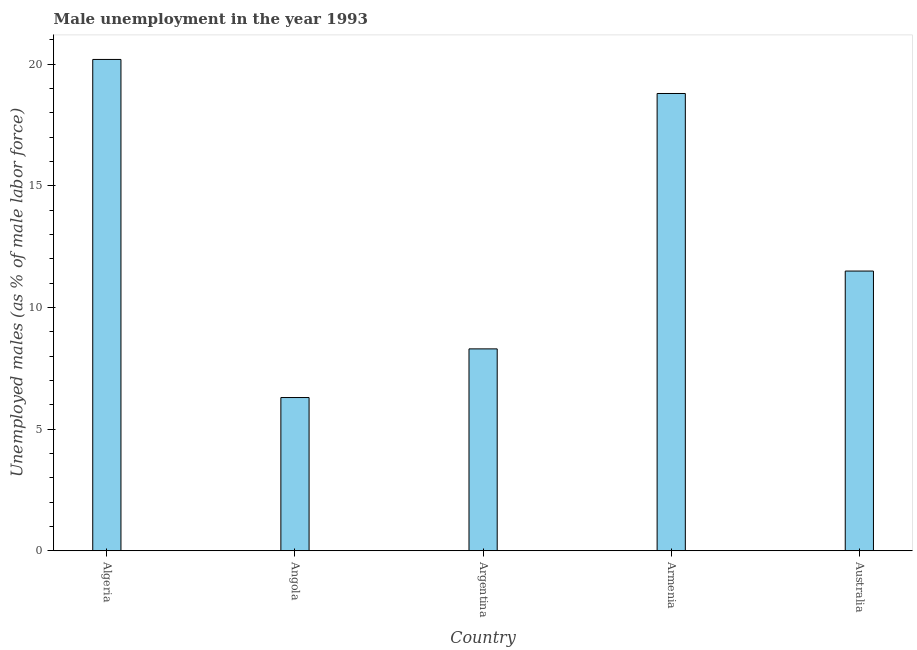
| Country | Unemployment |
 | --- | --- |
 | Algeria | 20.2 |
 | Angola | 6.3 |
 | Argentina | 8.3 |
 | Armenia | 18.8 |
 | Australia | 11.5 |